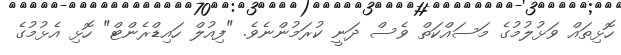
ހޮޅިތައް ވަޅުލުމުގެ މަސައްކަތް ވެސް ދަނީ ކުރަމުންނެވެ. "ފިއުލް ހައިޑްރެންޓް" ހޮޅި އެޅުމުގެ